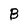
Character: B